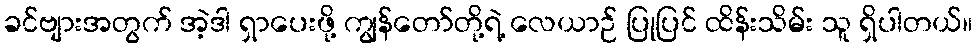
ခင်ဗျားအတွက် အဲ့ဒါ ရှာပေးဖို့ ကျွန်တော်တို့ရဲ့ လေယာဉ် ပြုပြင် ထိန်းသိမ်း သူ ရှိပါတယ်။